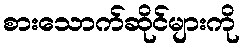
စားသောက်ဆိုင်များကို